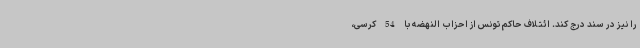
را نیز در سند درج کند. ائتلاف حاکم تونس از احزاب النهضه با 54 کرسی،